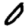
Digit: 0